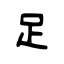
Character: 足